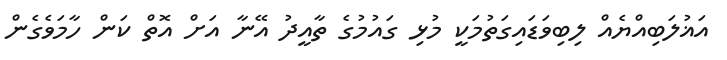
އަޣުލަބިއްޔެއް ލިބިވަޑައިގަތުމަކީ މުޅި ގައުމުގެ ތާއީދު އޭނާ އަށް އޮތް ކަން ހާމަވެގެން